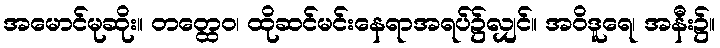
အမောင်မုဆိုး။ တတ္ထေဝ၊ ထိုဆင်မင်းနေရာအရပ်၌လျှင်။ အဝိဒူရေ၊ အနီး၌။